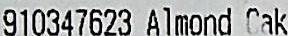
910347623 ALMOND CAK